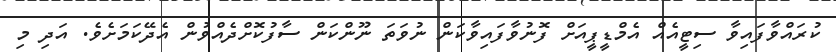
ކުރައްވާފައިވާ ސިޓީއެއް އެމްޑީޕީއަށް ފޮނުވާފައިވާކަން ނުވަތަ ނޫންކަން ސާފުކޮށްދެއްވުން އެދޭކަމަށެވެ. އަދި މި